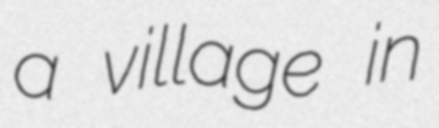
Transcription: a village in